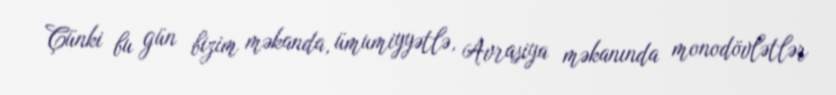
Çünki bu gün bizim məkanda, ümumiyyətlə, Avrasiya məkanında monodövlətlər